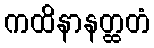
ကထိနာနတ္ထတံ